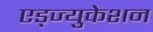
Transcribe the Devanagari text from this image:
एड्ज्युकेशन